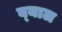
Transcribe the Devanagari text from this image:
ब्‍याल